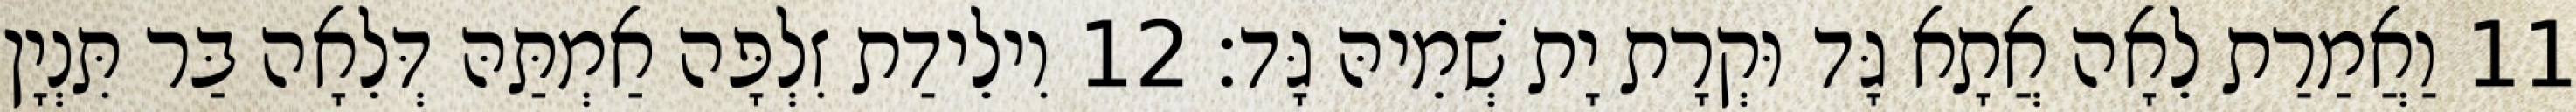
11 וַאֲמַרַת לֵאָה אֲתָא גָּד וּקְרָת יָת שְׁמֵיהּ גָּד׃ 12 וִילֵידַת זִלְפָּה אַמְתַּהּ דְּלֵאָה בַּר תִּנְיָן